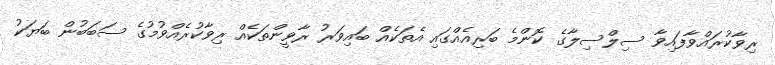
ރިވާކުރައްވާފައިވާ ސިލްސިލާގެ ކޮންމެ ބަރިއެއްގައި އެތަކެއް ބައިވަރު ރާވީންތަކެއް ރިވާކުރެއްވުމުގެ ސަބަބުން ބަޔަކު